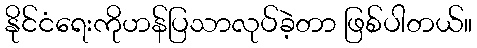
နိုင်ငံရေးကိုဟန်ပြသာလုပ်ခဲ့တာ ဖြစ်ပါတယ်။